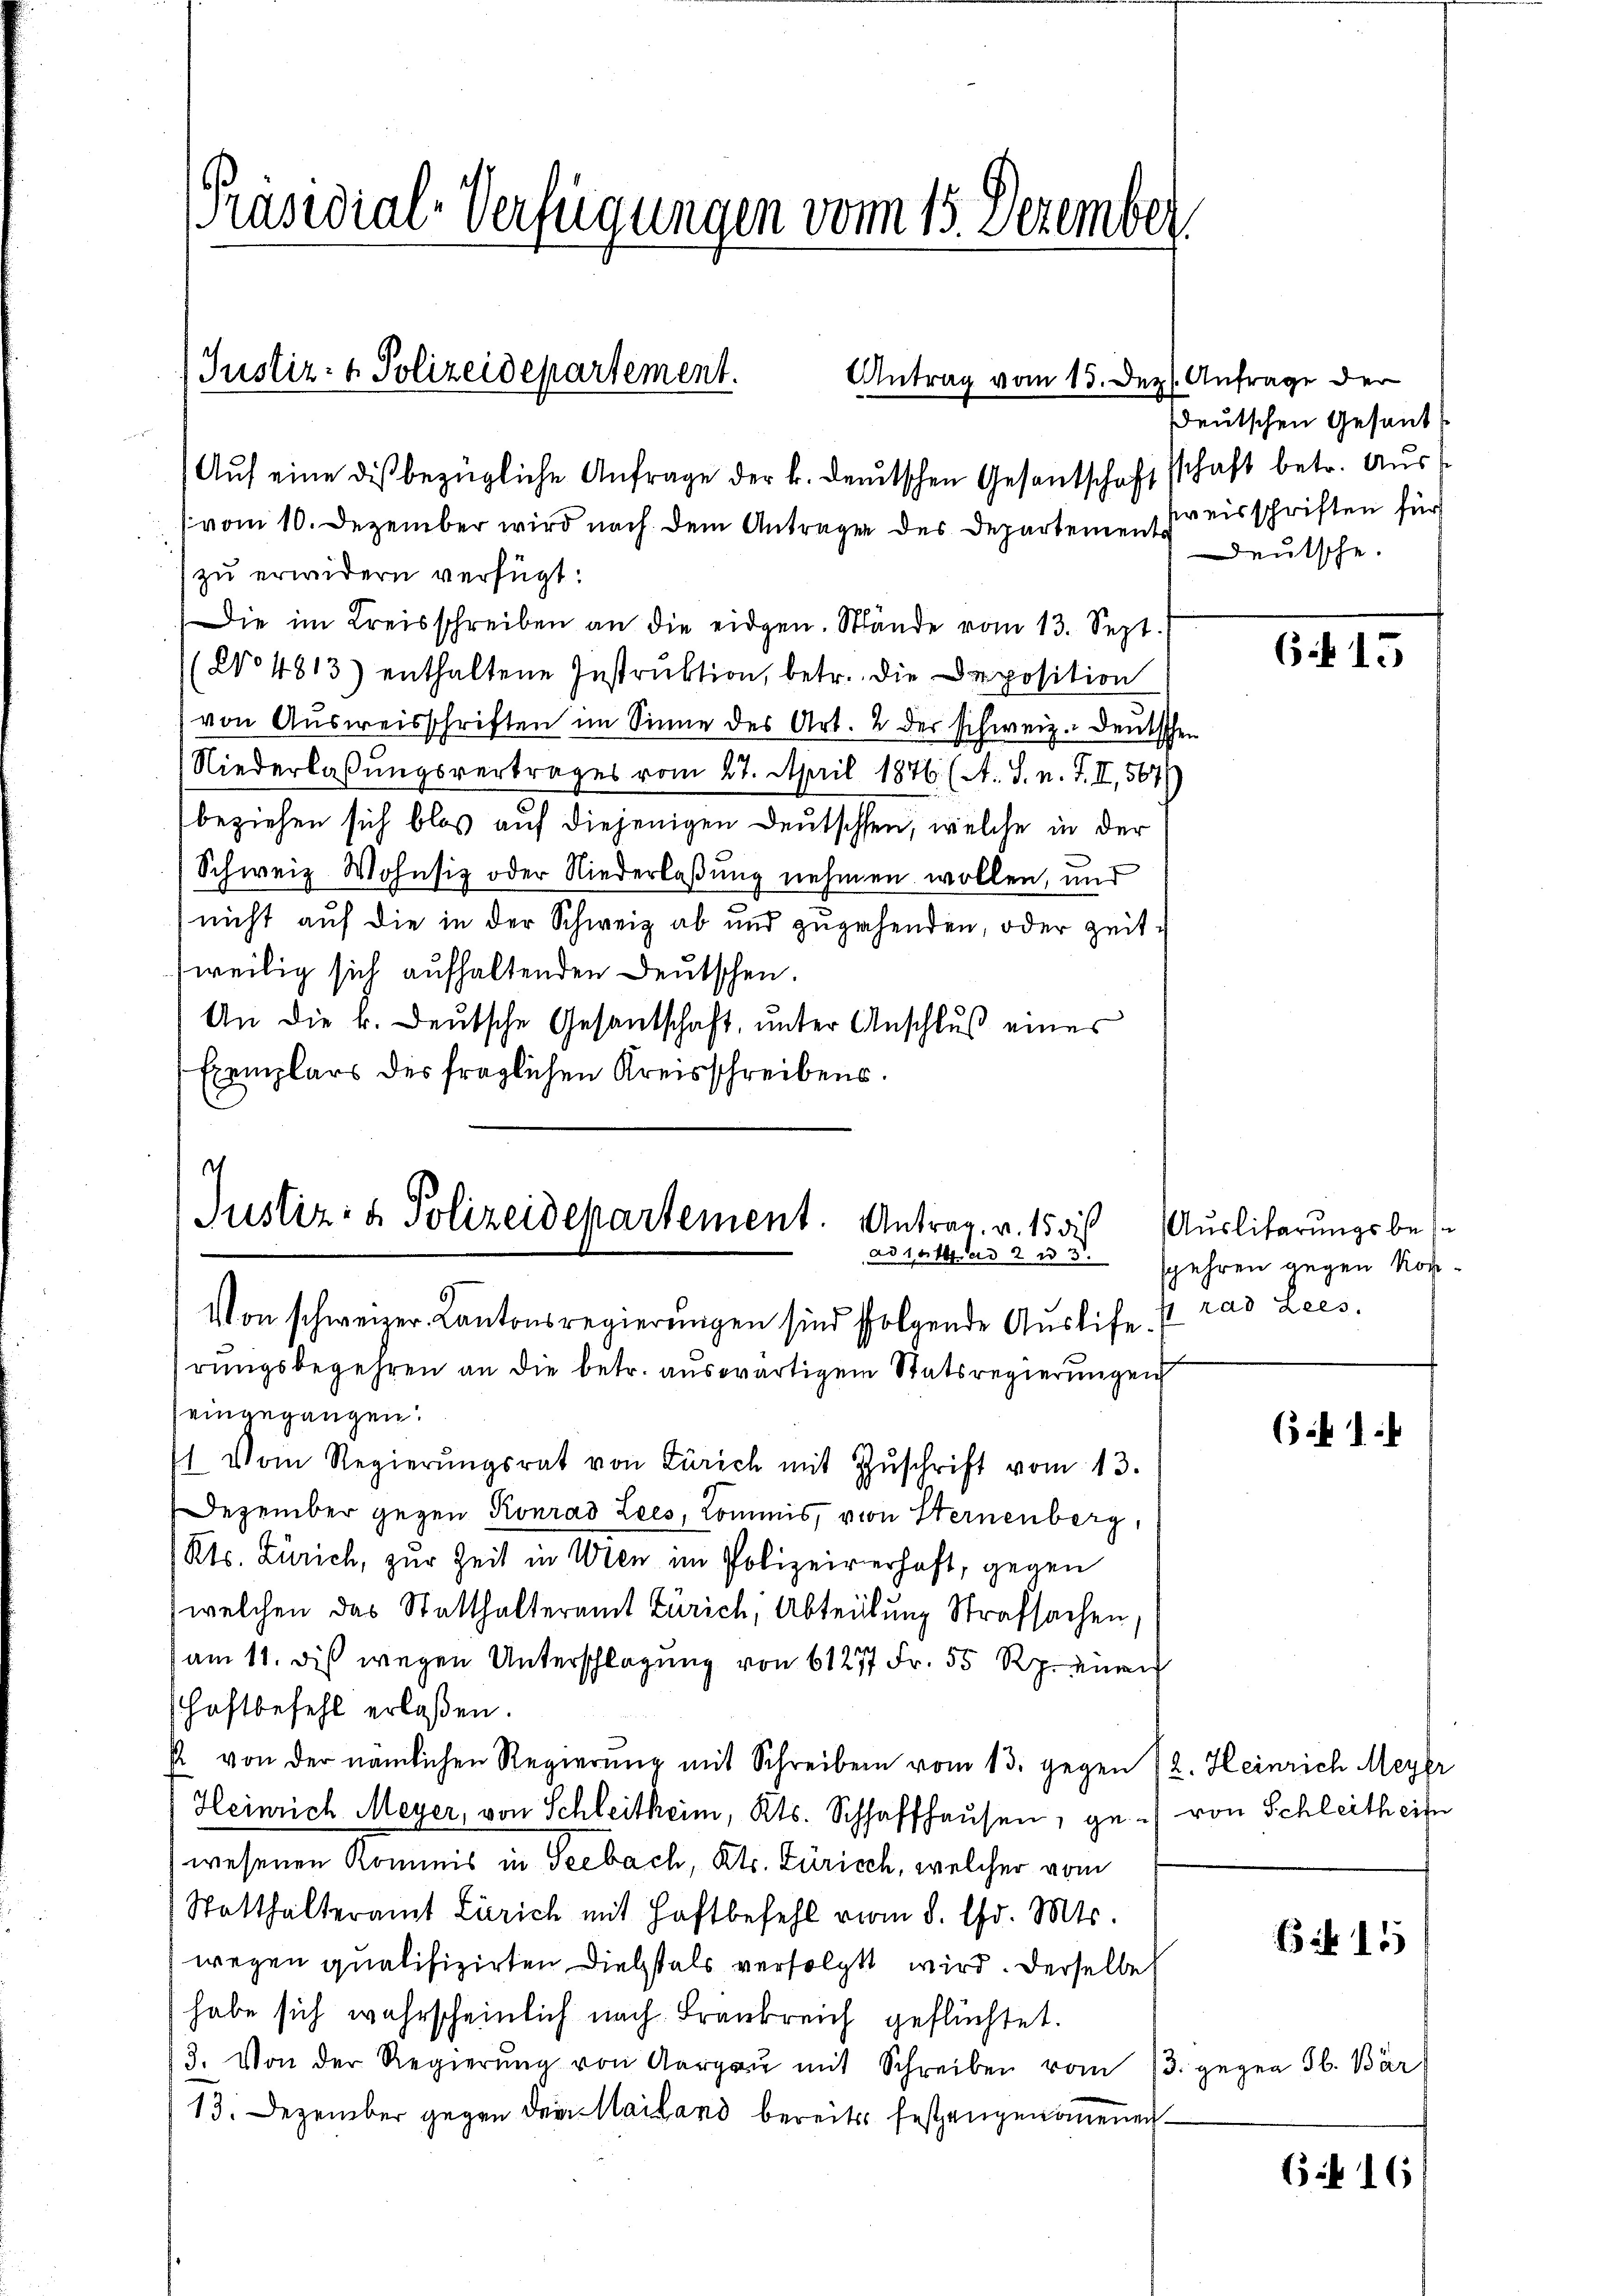
PPräsidial-Verfügungen vom 15. Dezember.

(Justiz- & Polizeidepartement.
Antrag vom 15. Dez. Anfrage der

Aŭf eine dis bezügliche Anfrage der k. deutschen Gesantschaftsschaft betr. Aŭs-
(vom 10. Dezember wird nach dem Antragen des Departement reisschriften für
zu erwidern verfügt:
Die im Kreisschreiben an die eidgen. Stände vom 13. Sept.
No 4813) enthaltene Instrŭktion, betr. die Deposition
(von Ausweisschriften im Sinne des Art. 2 der schweiz. Deutschen
Niederlaßungsvertrages vom 27. April 1876 (A. S. n. F. II, 567/
beziehen sich blos auf diejenigen Deutschen, welche in der
Schweiz. Wohnsiz oder Niederlaßung nehmen wollen, und
nicht auf die in der Schweiz ab und zugehenden, oder Zeit
weilig sich aufhaltenden Deutschen.
An die k. Deutsche Gesantschaft, unter Anschluß eines
Exemplars des fraglichen Kreisschreibens.

rungsbegehren an die betr. auswärtigem Statsregierungen
eingegangen.
 Vom Regierŭngsrat von Zürich mit Zŭschrift vom 13.
Dezember gegen Konrad Lees, Kommis, von Sternenberg,
Kts. Zürich, zur Zeit in Wien im Polizeiverhaft, gegen
welchen das Statthalteramt Zürich, Abteilung Strafsachen,
am 11. dis wegen Unterschlagung von 61277 Fr. 55 Rp. einen
Haftbefehl erlaßen.
 von der nämlichen Regierung mit Schreiben vom 13. gegen 12. Heinrich Meyer
Heinrich Meyer, von Schleitheim, Kts. Schaffhausen, ge- von Schleitheit
wesenen Kommis in Seebach, Kts. Zürich, welcher vom
Statthalteramt Zürich mit Haftbefehl vom 8. Chr. Mts.
wegen qualifizirten Diebstals verfolgt wird. Derselbe
habe sich wahrscheinlich nach Frankreich geflüchtet.
3. Von der Regierŭng von Aargau mit Schreiben vom 13. gegen S. Bär
13. Dezember gegen dem Mailand bereits festzengenommenen

t
Justiz- & Polizeidepartement. Antrag. v. 15 di
Von schweizer Kantonsregierungen sind folgende Ausliefe¬

Deutschen Gesandt
Deutsche.

615

Auslibarungsbes
adzalles 2 u 3 spehren gegen Kon-
 rad Lees.

(i 1

15

G. 16